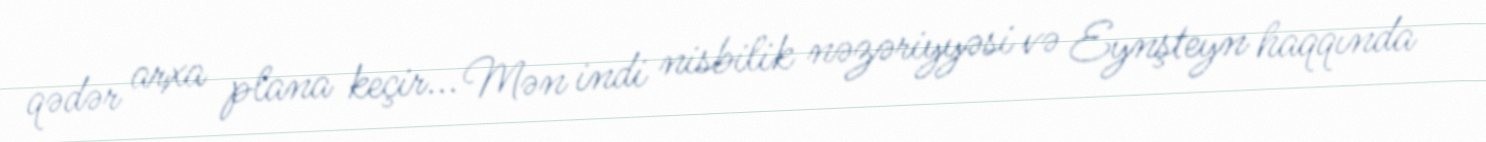
qədər arxa plana keçir... Mən indi nisbilik nəzəriyyəsi və Eynşteyn haqqında